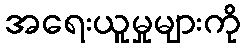
အရေးယူမှုများကို